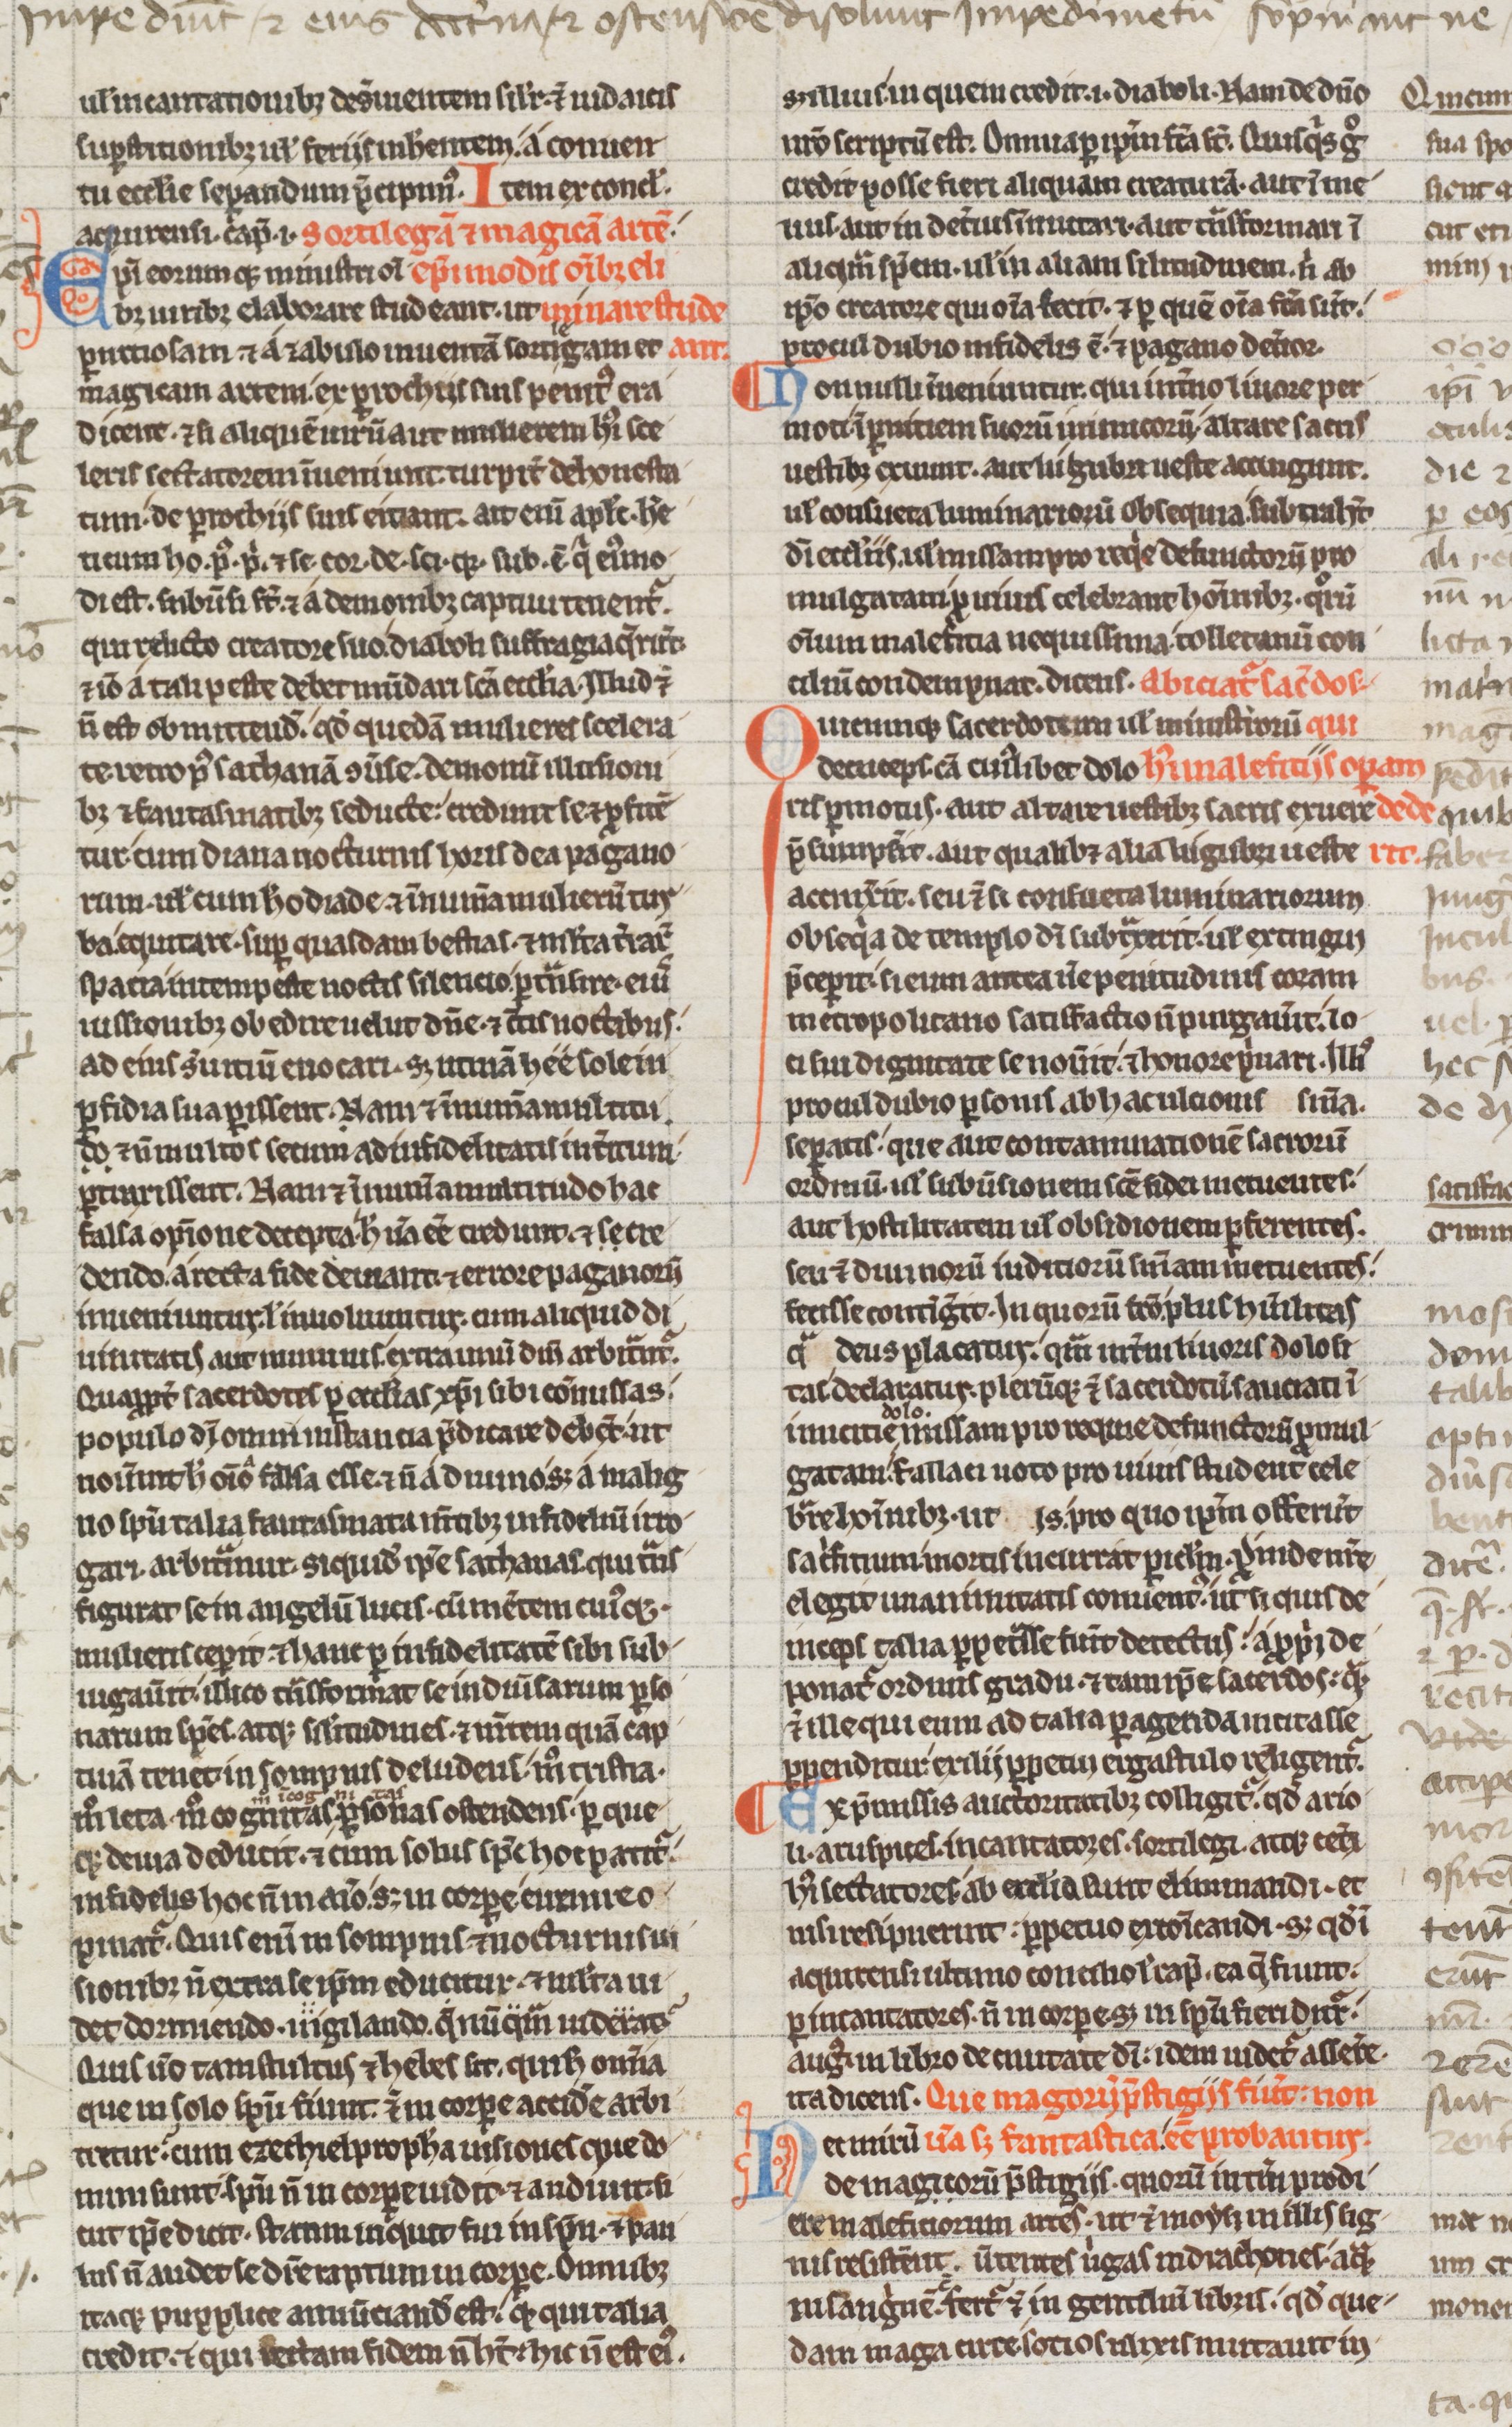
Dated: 1200–1249